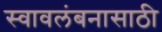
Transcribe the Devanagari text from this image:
स्वावलंबनासाठी